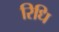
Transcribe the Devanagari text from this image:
रिधि